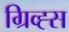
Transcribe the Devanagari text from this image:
ग्रिव्ह्स